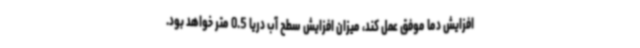
افزایش دما موفق عمل کند، میزان افزایش سطح آب دریا 0.5 متر خواهد بود.